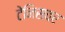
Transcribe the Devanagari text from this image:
टेनिसवर